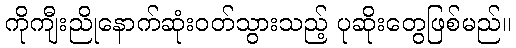
ကိုကျီးညိုနောက်ဆုံးဝတ်သွားသည့် ပုဆိုးတွေဖြစ်မည်။